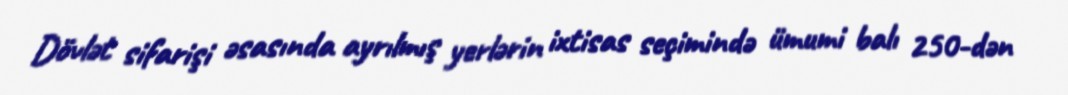
Dövlət sifarişi əsasında ayrılmış yerlərin ixtisas seçimində ümumi balı 250-dən